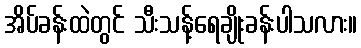
အိပ်ခန်းထဲတွင် သီးသန့်ရေချိုးခန်းပါသလား။